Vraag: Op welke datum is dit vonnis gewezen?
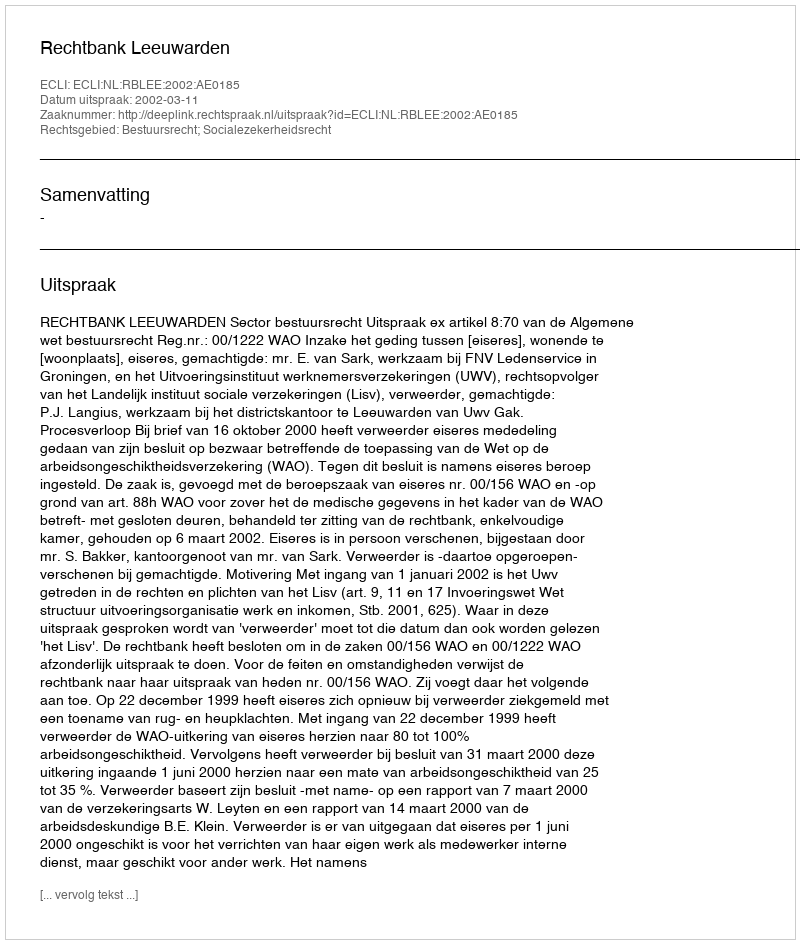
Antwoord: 2002-03-11